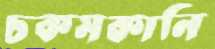
চকমকানি